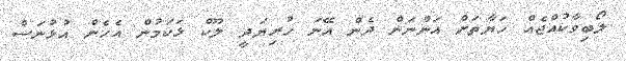
ލޯބިވާކުއްޖެއް ހަޔާތަށް އަންނަން ދެން އޭނަ ހުރިޔަދީ ލޫކް ޅަކަމުން އެހެން އުޅުނަސް